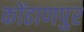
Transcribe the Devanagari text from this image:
कोंढाणपुर